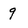
Character: 9